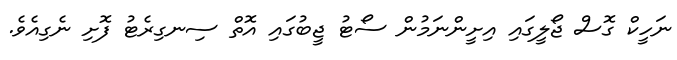
ނަހީކް ގޮސް ޖޯލީގައި އިށީންނަމުން ސޯޓު ޖީބުގައި އޮތް ސިނގިރެޓު ފޮށި ނެގިއެވެ.